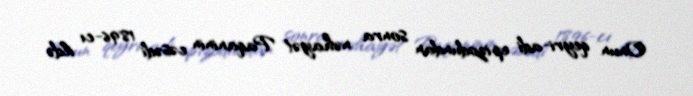
Onun qeyri-adi epizodundan sonra nəhayət Paqaninin cəsədi 1896-cı ildə